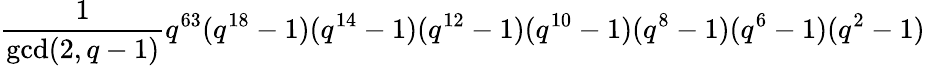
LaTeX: {\frac{1}{\mathrm{gcd}(2,q-1)}}q^{63}(q^{18}-1)(q^{14}-1)(q^{12}-1)(q^{10}-1)(q^{8}-1)(q^{6}-1)(q^{2}-1)